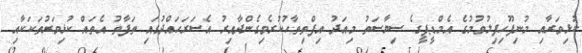
ކުޅިވަރާއި މުނިފޫހިފިލުވުމުގެ އެމްޑީޕީގެ ސިޔާސަތު މިއަދު އިފްތިތާހުކުރެވިގެންދާއިރު އެސަރަހައްދުގައި ތަފާތު އެތައް ކުޅިވަރުތަކަކާއި